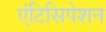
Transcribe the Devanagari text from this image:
एंटिसिपेशन